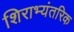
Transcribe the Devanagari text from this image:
शिराभ्यंतरिक